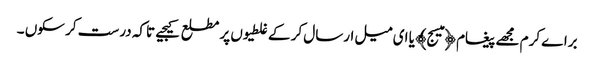
براے کرم مجھے پیغام ﴿میسج﴾ یا ای میل ارسال کر کے غلطیوں پر مطلع کیجیے تاکہ درست کر سکوں ۔